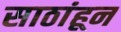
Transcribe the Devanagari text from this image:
साठांहून